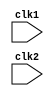
module pipe_MIPS32 (clk1, clk2); 
 input clk1, clk2; // Two-phase clock 
 reg [31:0] PC, IF_ID_IR, IF_ID_NPC; 
 reg [31:0] ID_EX_IR, ID_EX_NPC, ID_EX_A, ID_EX_B, ID_EX_Imm; 
 reg [2:0] ID_EX_type, EX_MEM_type, MEM_WB_type; 
 reg [31:0] EX_MEM_IR, EX_MEM_ALUOut, EX_MEM_B; 
 reg EX_MEM_cond; 
 reg [31:0] MEM_WB_IR, MEM_WB_ALUOut, MEM_WB_LMD; 
 reg [31:0] Reg [0:31]; // Register bank (32 x 32) 
 reg [31:0] Mem [0:1023]; // 1024 x 32 memory
  parameter ADD_op=6'b000000;
  parameter SUB_op=6'b000001;
  parameter AND_op=6'b000010;
  parameter OR_op=6'b000011;
  parameter SLT_op=6'b000100;
  parameter MUL_op=6'b00010;
  parameter HLT_op=6'b111111;
  parameter LW_op=6'b001000;
  parameter SW_op=6'b001001;
  parameter ADDI_op=6'b001010;
  parameter SUBI_op=6'b001011;
  parameter SLTI_op=6'b001100;
  parameter BNEQZ_op=6'b001101;
  parameter BEQZ_op=6'b001110;
  parameter RR_ALU_op=3'b000;
  parameter RM_ALU_op=3'b001;
  parameter LOAD_op=3'b010;
  parameter STORE_op=3'b011;
  parameter BRANCH_op=3'b100;
  parameter HALT_op=3'b101;
  reg HALTED; 
 // Set after HLT instruction is completed (in WB stage) 
 reg TAKEN_BRANCH; 
 // Required to disable instructions after branch

always @(posedge clk1) // IF Stage 
 if (HALTED == 0) 
 begin 
 if (((EX_MEM_IR[31:26] == BEQZ_op) && (EX_MEM_cond == 1)) || 
 ((EX_MEM_IR[31:26] == BNEQZ_op) && (EX_MEM_cond == 0))) 
 begin 
 IF_ID_IR <= #2 Mem[EX_MEM_ALUOut]; 
 TAKEN_BRANCH <= #2 1'b1; 
 IF_ID_NPC <= #2 EX_MEM_ALUOut + 1; 
 PC <= #2 EX_MEM_ALUOut + 1; 
 end
 else 
 begin 
 IF_ID_IR <= #2 Mem[PC]; 
 IF_ID_NPC <= #2 PC + 1; 
 PC <= #2 PC + 1; 
 end 
 end

always @(posedge clk2) // ID Stage 
 if (HALTED == 0) 
 begin 
 if (IF_ID_IR[25:21] == 5'b00000) ID_EX_A <= 0; 
 else ID_EX_A <= #2 Reg[IF_ID_IR[25:21]]; // "rs" 
 if (IF_ID_IR[20:16] == 5'b00000) ID_EX_B <= 0; 
 else ID_EX_B <= #2 Reg[IF_ID_IR[20:16]]; // "rt" 
 ID_EX_NPC <= #2 IF_ID_NPC; 
 ID_EX_IR <= #2 IF_ID_IR; 
 ID_EX_Imm <= #2 {{16{IF_ID_IR[15]}}, {IF_ID_IR[15:0]}};

case (IF_ID_IR[31:26]) 
 ADD_op, SUB_op, AND_op, OR_op, SLT_op, MUL_op: ID_EX_type <= #2 RR_ALU_op; 
 ADDI_op, SUBI_op, SLTI_op: ID_EX_type <= #2 RM_ALU_op; 
 LW_op: ID_EX_type <= #2 LOAD_op; 
 SW_op: ID_EX_type <= #2 STORE_op; 
 BNEQZ_op, BEQZ_op: ID_EX_type <= #2 BRANCH_op; 
 HLT_op: ID_EX_type <= #2 HALT_op; 
 default: ID_EX_type <= #2 HALT_op; 
 // Invalid opcode
 endcase
 end

always @(posedge clk1) // EX Stage 
 if (HALTED == 0) 
 begin 
 EX_MEM_type <= #2 ID_EX_type; 
 EX_MEM_IR <= #2 ID_EX_IR; 
 TAKEN_BRANCH <= #2 0; 
 case (ID_EX_type) 
 RR_ALU_op: begin 
 case (ID_EX_IR[31:26]) // "opcode" 
 ADD_op: EX_MEM_ALUOut <= #2 ID_EX_A + ID_EX_B; 
 SUB_op: EX_MEM_ALUOut <= #2 ID_EX_A - ID_EX_B; 
 AND_op: EX_MEM_ALUOut <= #2 ID_EX_A & ID_EX_B; 
 OR_op: EX_MEM_ALUOut <= #2 ID_EX_A | ID_EX_B; 
 SLT_op: EX_MEM_ALUOut <= #2 ID_EX_A < ID_EX_B; 
 MUL_op: EX_MEM_ALUOut <= #2 ID_EX_A * ID_EX_B; 
 default: EX_MEM_ALUOut <= #2 32'hxxxxxxxx; 
 endcase
 end

RM_ALU_op: begin 
 case (ID_EX_IR[31:26]) // "opcode" 
 ADDI_op: EX_MEM_ALUOut <= #2 ID_EX_A + ID_EX_Imm; 
 SUBI_op: EX_MEM_ALUOut <= #2 ID_EX_A - ID_EX_Imm; 
 SLTI_op: EX_MEM_ALUOut <= #2 ID_EX_A < ID_EX_Imm; 
 default: EX_MEM_ALUOut <= #2 32'hxxxxxxxx; 
 endcase
 end

LOAD_op, STORE_op: 
 begin 
 EX_MEM_ALUOut <= #2 ID_EX_A + ID_EX_Imm; 
 EX_MEM_B <= #2 ID_EX_B; 
 end
 BRANCH_op: begin 
 EX_MEM_ALUOut <= #2 ID_EX_NPC + ID_EX_Imm; 
 EX_MEM_cond <= #2 (ID_EX_A == 0); 
 end 
 endcase
 end

always @(posedge clk2) // MEM Stage 
 if (HALTED == 0) 
 begin 
 MEM_WB_type <= EX_MEM_type; 
 MEM_WB_IR <= #2 EX_MEM_IR; 
 case (EX_MEM_type) 
 RR_ALU_op, RM_ALU_op: 
 MEM_WB_ALUOut <= #2 EX_MEM_ALUOut; 
 LOAD_op: MEM_WB_LMD <= #2 Mem[EX_MEM_ALUOut]; 
 STORE_op: if (TAKEN_BRANCH == 0) // Disable write 
 Mem[EX_MEM_ALUOut] <= #2 EX_MEM_B; 
 endcase
 end

always @(posedge clk1) // WB Stage 
 begin 
 if (TAKEN_BRANCH == 0) // Disable write if branch taken 
 case (MEM_WB_type) 
 RR_ALU_op: Reg[MEM_WB_IR[15:11]] <= #2 MEM_WB_ALUOut; // "rd" 
 RM_ALU_op: Reg[MEM_WB_IR[20:16]] <= #2 MEM_WB_ALUOut; // "rt" 
 LOAD_op: Reg[MEM_WB_IR[20:16]] <= #2 MEM_WB_LMD; // "rt" 
 HALT_op: HALTED <= #2 1'b1; 
 endcase
 end 
endmodule